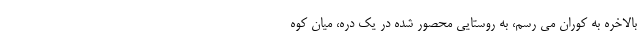
بالاخره به کوران می رسم، به روستایی محصور شده در یک دره، میان کوه